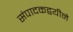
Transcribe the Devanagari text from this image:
संपादकद्वयीने